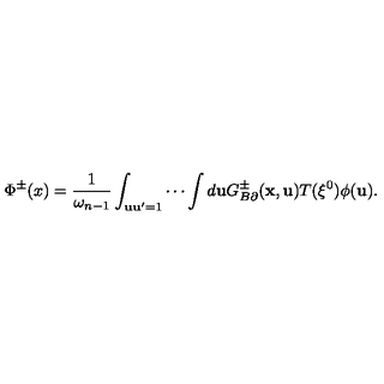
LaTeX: \Phi ^ { \pm } ( x ) = \frac { 1 } { \omega _ { n - 1 } } \int _ { { \bf u u } ^ { \prime } = 1 } \cdots \int d { \bf u } G _ { B \partial } ^ { \pm } ( { \bf x } , { \bf u } ) T ( \xi ^ { 0 } ) \phi ( { \bf u } ) .